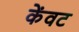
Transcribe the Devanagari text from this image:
केंवट